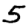
Digit: 5